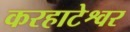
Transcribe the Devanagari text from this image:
करहाटेश्वर